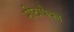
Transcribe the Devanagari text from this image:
मोटापेका